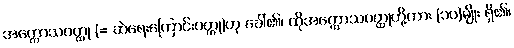
အက္ကောသဝတ္ထု (= ဆဲရေးကြောင်းဝတ္ထု)ဟု ခေါ်၏၊ ထိုအက္ကောသဝတ္ထုတို့ကား (၁၀)မျိုး ရှိ၏၊